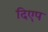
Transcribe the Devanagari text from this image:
दिएप